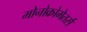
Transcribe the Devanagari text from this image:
मोनोक्रोमेतर्स